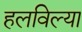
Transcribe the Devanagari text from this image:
हलविल्या